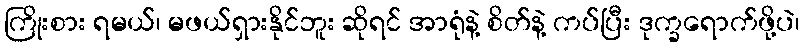
ကြိုးစား ရမယ်၊ မဖယ်ရှားနိုင်ဘူး ဆိုရင် အာရုံနဲ့ စိတ်နဲ့ ကပ်ပြီး ဒုက္ခရောက်ဖို့ပဲ၊